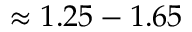
\approx 1 . 2 5 - 1 . 6 5